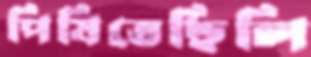
পিষিতেছিলি